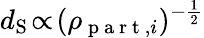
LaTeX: d_{\mathrm{S}}\! \propto\! (\rho_{\mathrm{~p~a~r~t~},i})^{-\frac{1}{2}}